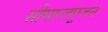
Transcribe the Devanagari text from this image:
सीमान्तपूजन